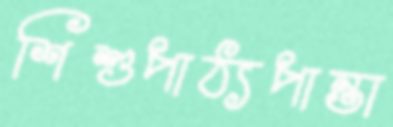
শিশুপাঠ্যপান্তা